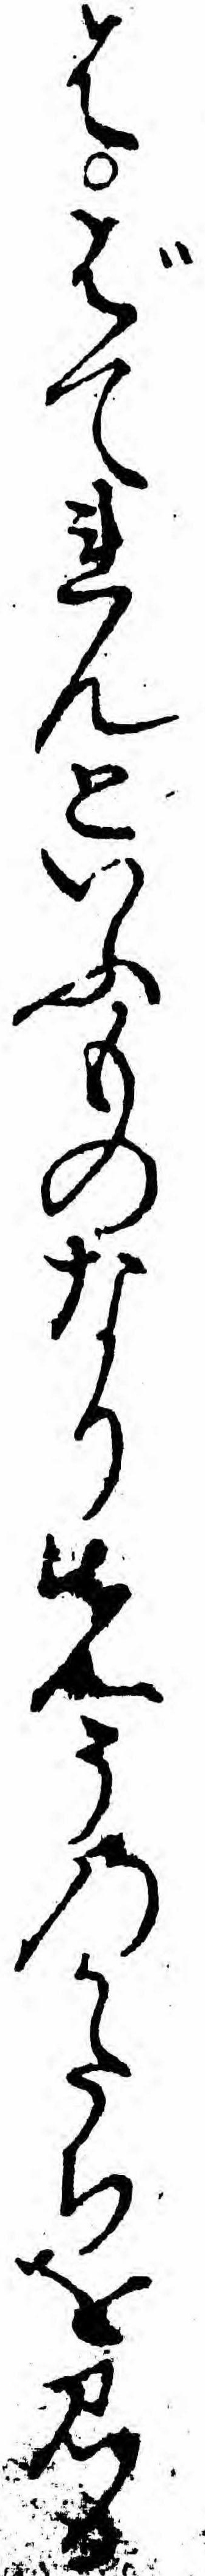
はばてれんといふものなり先そのかたちを見る